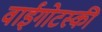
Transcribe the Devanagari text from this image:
वाईगोटस्की